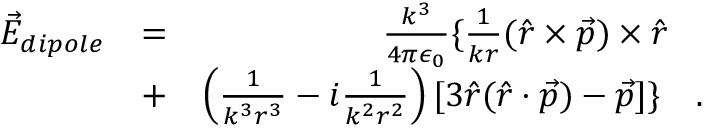
\begin{array} { r l r } { \vec { E } _ { d i p o l e } } & { = } & { \frac { k ^ { 3 } } { 4 \pi \epsilon _ { 0 } } \{ \frac { 1 } { k r } ( \hat { r } \times \vec { p } ) \times \hat { r } \quad } \\ & { + } & { \left( \frac { 1 } { k ^ { 3 } r ^ { 3 } } - i \frac { 1 } { k ^ { 2 } r ^ { 2 } } \right) [ 3 \hat { r } ( \hat { r } \cdot \vec { p } ) - \vec { p } ] \} \quad . } \end{array}